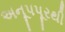
અનૂપપૂરથી